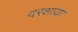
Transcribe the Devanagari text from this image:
दरशाया